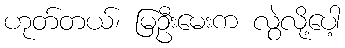
ဟုတ်တယ်၊ မြဦးမေးက လွဲလို့ပေါ့